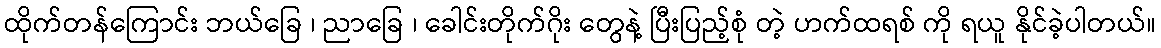
ထိုက်တန်ကြောင်း ဘယ်ခြေ ၊ ညာခြေ ၊ ခေါင်းတိုက်ဂိုး တွေနဲ့ ပြီးပြည့်စုံ တဲ့ ဟက်ထရစ် ကို ရယူ နိုင်ခဲ့ပါတယ်။